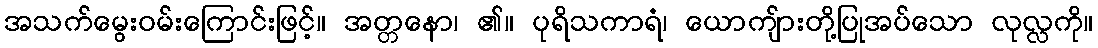
အသက်မွေးဝမ်းကြောင်းဖြင့်။ အတ္တနော၊ ၏။ ပုရိသကာရံ၊ ယောကျ်ားတို့ပြုအပ်သော လုလ္လကို။